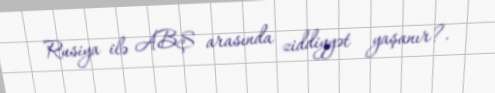
Rusiya ilə ABŞ arasında ziddiyyət yaşanır?.